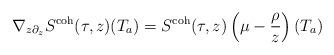
LaTeX: \begin{align*} \nabla_{z \partial_z } S^\textnormal{coh}(\tau,z)(T_a) = S^\textnormal{coh}(\tau,z) \left(\mu-\frac{\rho}{z} \right)(T_a) \end{align*}